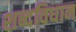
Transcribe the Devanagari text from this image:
शब्दविधान